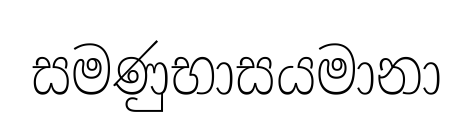
සමණුභාසයමානා